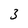
Character: 3